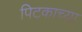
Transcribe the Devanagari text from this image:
पिटकाच्या